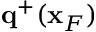
{ \bf q } ^ { + } ( { \bf x } _ { F } )